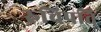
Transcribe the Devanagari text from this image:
रुचिपति